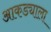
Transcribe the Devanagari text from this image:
आकड्याला